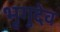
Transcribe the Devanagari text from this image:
भृगुदेव